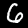
Label: 6